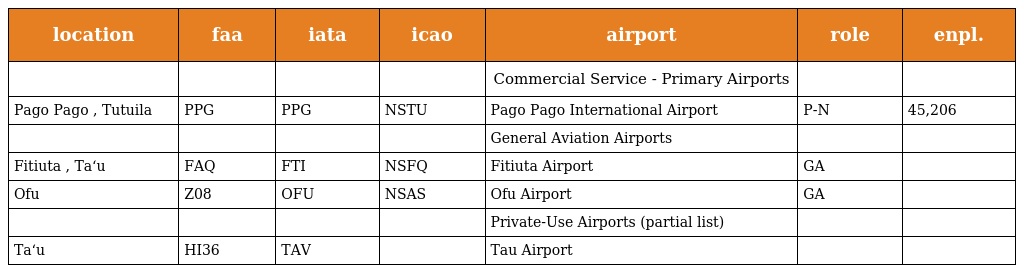
| location | faa | iata | icao | airport | role | enpl. |
 | --- | --- | --- | --- | --- | --- | --- |
 |  |  |  |  | Commercial Service - Primary Airports |  |  |
 | Pago Pago , Tutuila | PPG | PPG | NSTU | Pago Pago International Airport | P-N | 45,206 |
 |  |  |  |  | General Aviation Airports |  |  |
 | Fitiuta , Ta‘u | FAQ | FTI | NSFQ | Fitiuta Airport | GA |  |
 | Ofu | Z08 | OFU | NSAS | Ofu Airport | GA |  |
 |  |  |  |  | Private-Use Airports (partial list) |  |  |
 | Ta‘u | HI36 | TAV |  | Tau Airport |  |  |